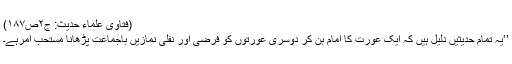
(فتاوی علماء حدیث: ج۲ص۱۸۷)
’’یہ تمام حدیثیں دلیل ہیں کہ ایک عورت کا امام بن کر دوسری عورتوں کو فرضی اور نفلی نمازیں باجماعت پڑھانا مستحب امرہے۔